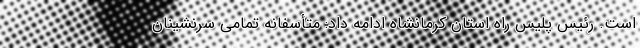
است. رئیس پلیس راه استان کرمانشاه ادامه داد: متأسفانه تمامی سرنشینان